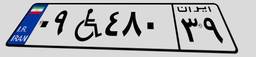
۸۹W۷۴۱۳۵